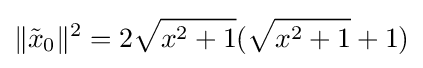
\|{\tilde {x}}_{0}\|^{2}=2{\sqrt {x^{2}+1}}({\sqrt {x^{2}+1}}+1)